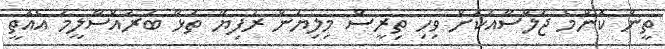
ތީން ކޮންމެ ޖަލްސާއަކަށް ވިހި ތިރީސް މިލިޔަން ރުފިޔާ ތަޅާ ބުރުއްސާލީމަ އެއޮތީ